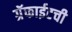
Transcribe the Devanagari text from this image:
ग्रॅफाईटची